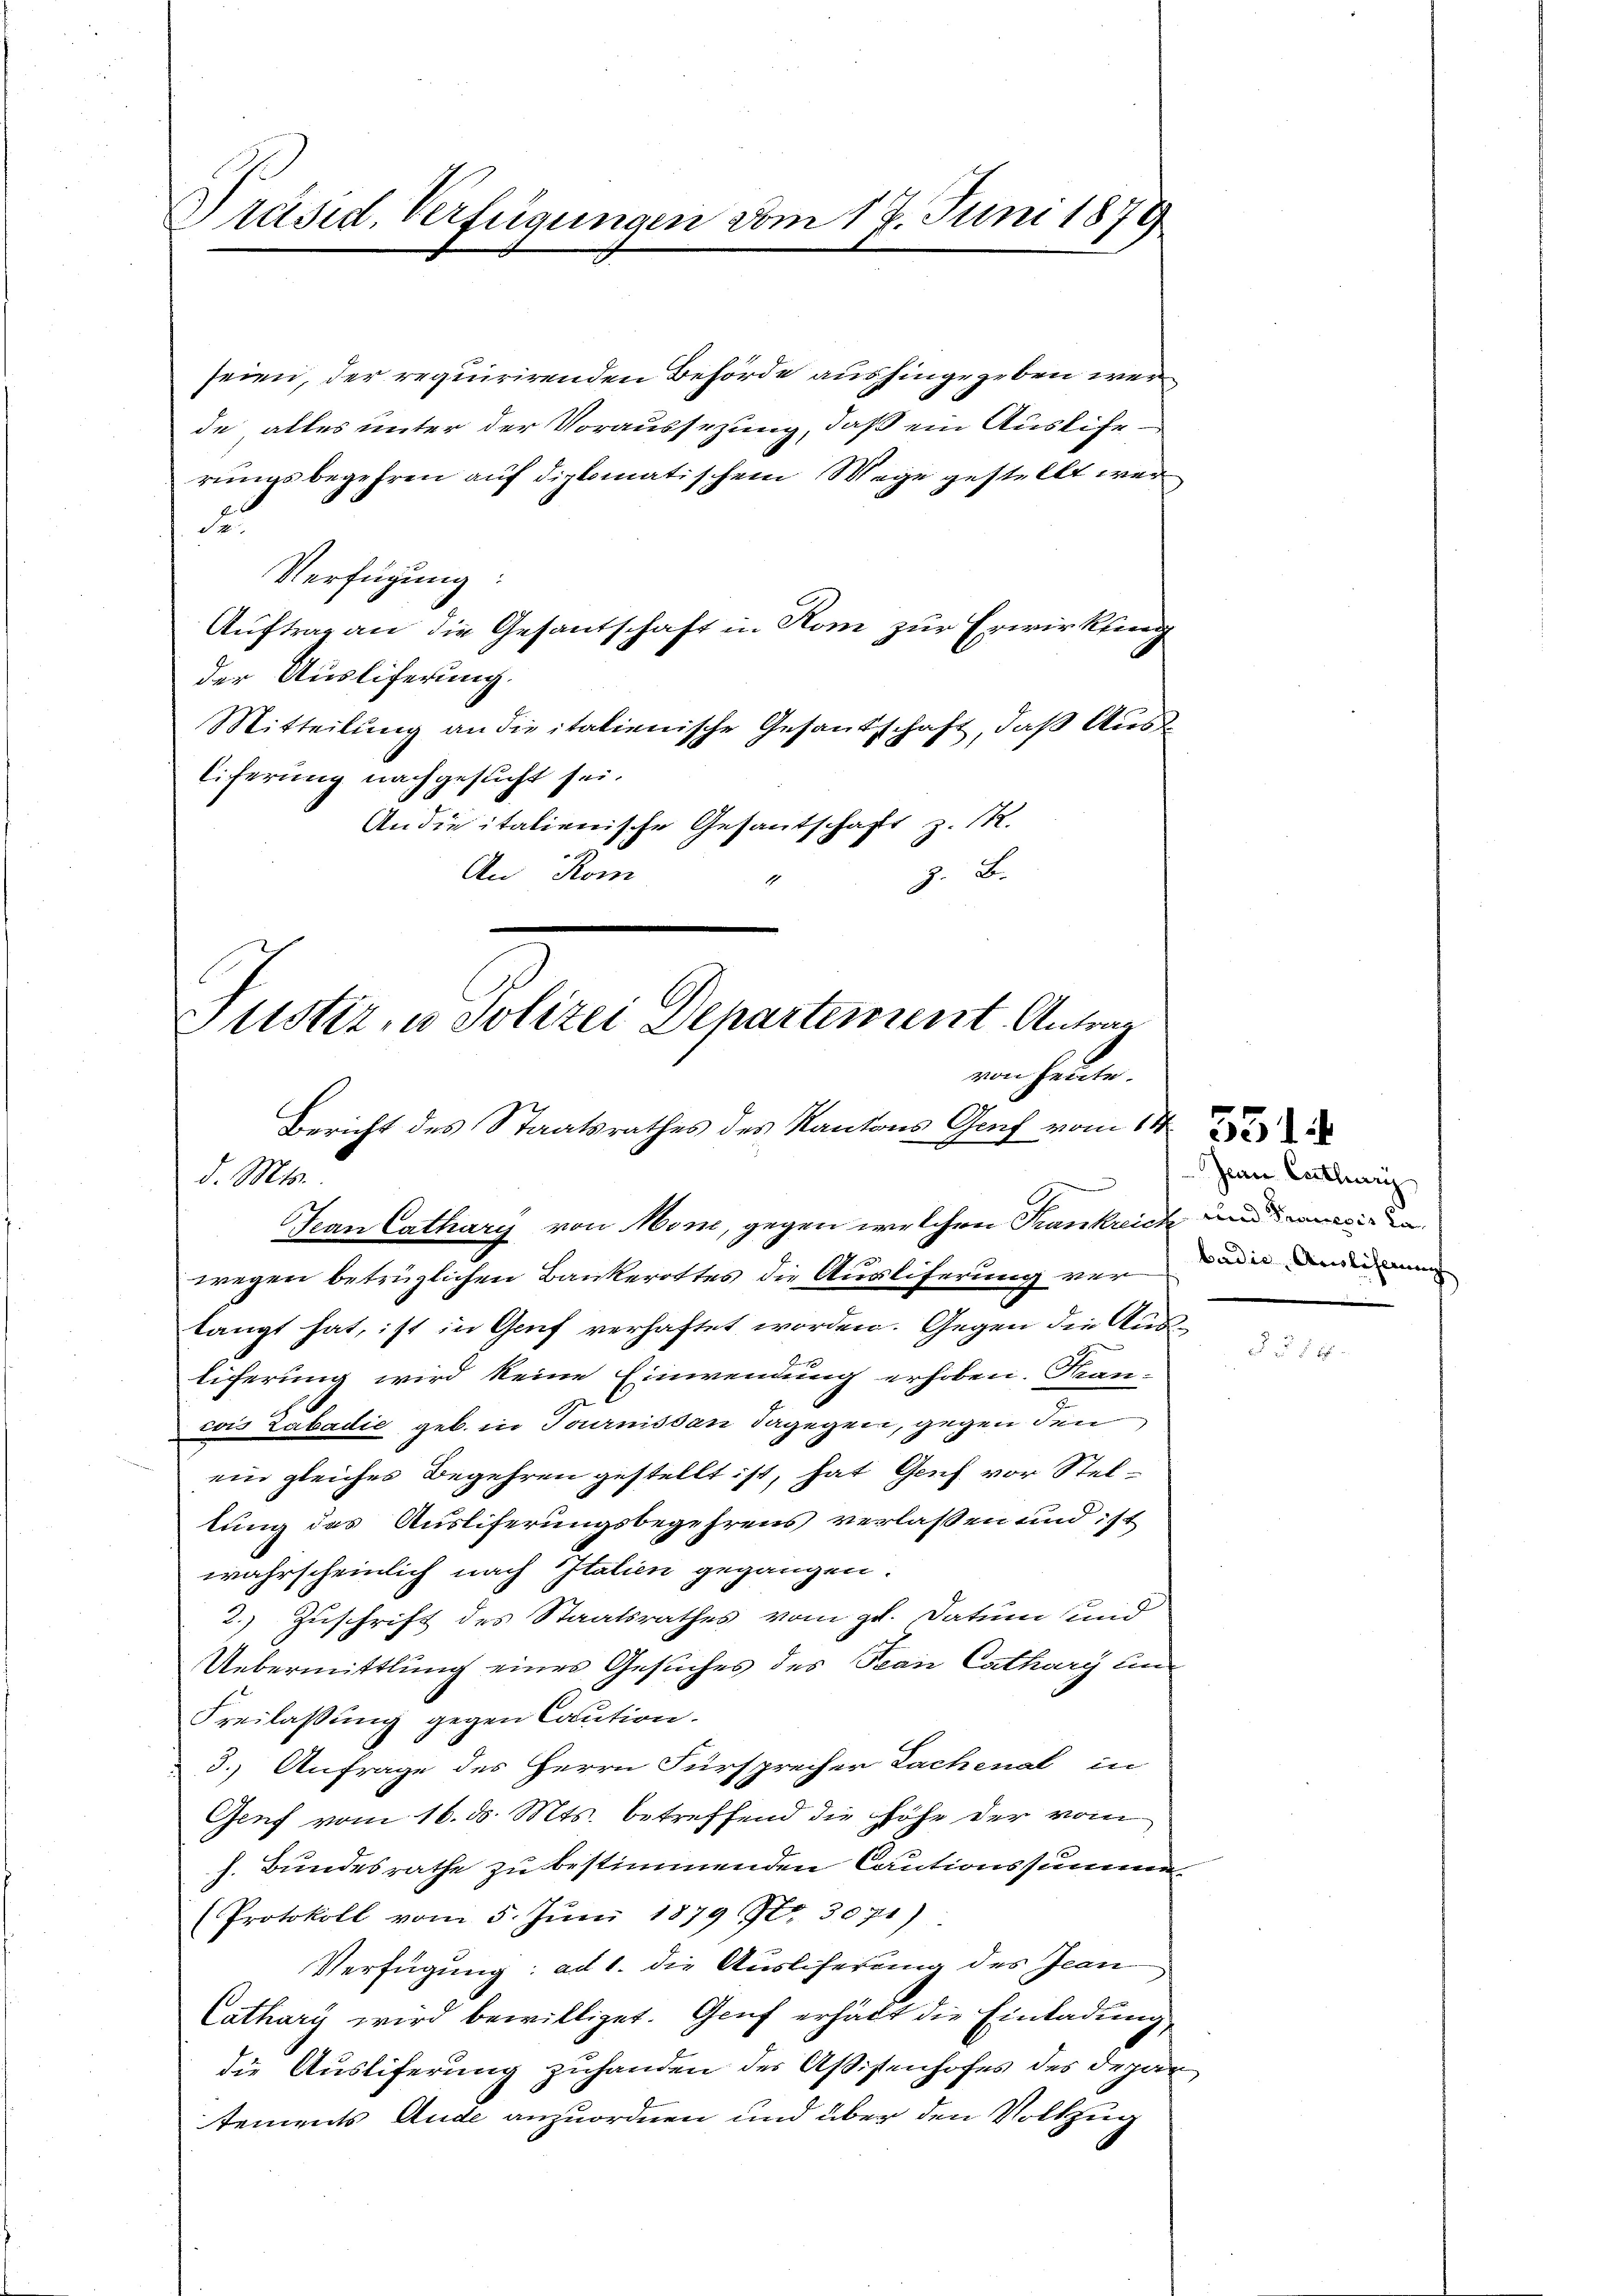
Präsid. Verfügungen vom 17. Juni 1879

seien, der requirirenden Behörde aushingegeben wer
de alles unter der Voraussezung, daß ein Ausliherungsbegehren auf diplomatischem Wege gestellt wer
1
Verfügung:
Auftrag an die Gesantschaft in Rom zur Erwirkten
der Ausliferung.
Mitteilung an die italienische Gesandschaft, daß Ausliferung nachgesucht sei.
An die italienische Gesantschaft z. B.
An Rom
J. A.

Pustiz, u. Polizei Departement Antrag
von heute.
Bericht des Staatsrathes des Kantons Graf vom 14. 22
x
d. Mts.
Jean Cathary von Mon, gegen welchen Krankrich und waren

wegen betrüglichen Bankerottes die Ausliferung verlangt hat, ist in Genf verhaftet worden. Gegen die Auslicherung wird keine Einwendung erhoben. Kan-
cois Labadić geb. in Tournissan dagegen, gegen den
ein gleiches Begehren gestellt ist, hat Genf vor Steltung des Ausliferungsbegehrens verlassen und ist
wahrscheinlich nach Italien gegangen.
2.) Zuschrift des Staatsrathes vom zt. Datum und
Uebermittlung eines Gesuches des Jean Cathary un
Freilassung gegen Caution.
3. Anfrage des Herrn Fürsprecher Lachenal in
Genf vom 16. ds. Mts. betreffend die Höhe der vom
h. Bundesrathe zu bestimmenden Cautionssumme.
(Protokoll vom 5. Jŭni 1879 Nr. 3071)
Verfügung: ad 1. die Ausliferung des Jean
Cathary wird bewilliget. Genf erhält die Einladung
die Ausliferung zuhanden der Aßistenhofes des Departements Ande anzuordnen und über den Vollzug

Jean Certhurg
badie Auslicherung

d § 56.